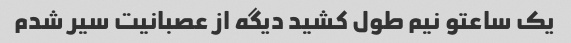
یک ساعتو نیم طول کشید دیگه از عصبانیت سیر شدم